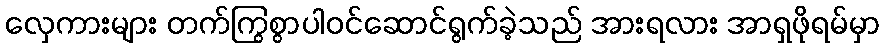
လှေကားများ တက်ကြွစွာပါဝင်ဆောင်ရွက်ခဲ့သည် အားရလား အာရှဖိုရမ်မှာ